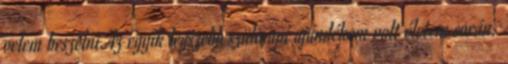
velem beszélni.Az egyik legszebb szülinapi ajándékom volt életem során.